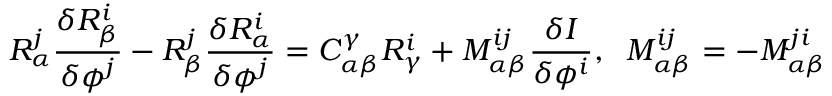
R _ { \alpha } ^ { j } \frac { \delta R _ { \beta } ^ { i } } { \delta \phi ^ { j } } - R _ { \beta } ^ { j } \frac { \delta R _ { \alpha } ^ { i } } { \delta \phi ^ { j } } = C _ { \alpha \beta } ^ { \gamma } R _ { \gamma } ^ { i } + M _ { \alpha \beta } ^ { i j } \frac { \delta I } { \delta \phi ^ { i } } , \; \; M _ { \alpha \beta } ^ { i j } = - M _ { \alpha \beta } ^ { j i }